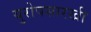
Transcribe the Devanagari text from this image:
युरोपसारखी